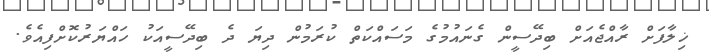
ޚިލާފަށް ރާއްޖެއަށް ބިދޭސީން ގެނައުމުގެ މަސައްކަތް ކުރަމުން ދިޔަ ދެ ބިދޭސީއަކު ހައްޔަރުކޮށްފިއެވެ.